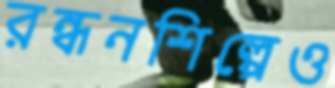
রন্ধনশিল্পেও